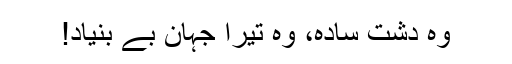
وہ دشت سادہ، وہ تیرا جہان بے بنیاد!